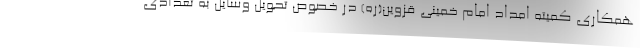
همکاری کمیته امداد امام خمینی قزوین(ره) در خصوص تحویل وسایل به تعدادی